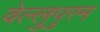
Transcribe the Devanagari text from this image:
वेल्लुपुरम